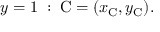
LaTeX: { \mathrm { � } } y = 1 { \mathrm { � } } : \; \mathrm { C } = ( x _ { \mathrm { C } } , y _ { \mathrm { C } } ) .